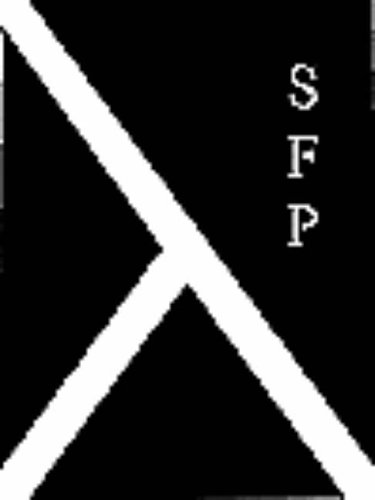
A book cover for Trends in Functional Programming; Computers & Technology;